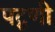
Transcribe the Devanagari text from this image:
पटूणी